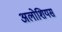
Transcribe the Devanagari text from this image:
अलोशियस